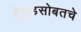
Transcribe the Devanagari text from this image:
हेवूडसोबतचे